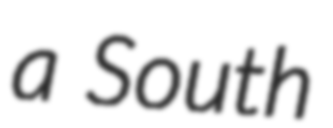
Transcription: a South